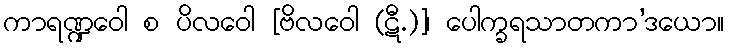
ကာရဏ္ဍဝေါ စ ပိလဝေါ [ဗိလဝေါ (ဋီ.)]၊ ပေါက္ခရသာတကာ’ဒယော။